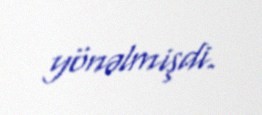
yönəlmişdi.